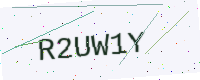
Text: R2UW1Y